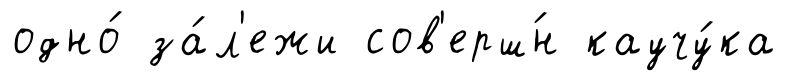
одно́ за́л'ежи сов'ерш́н каучу́ка